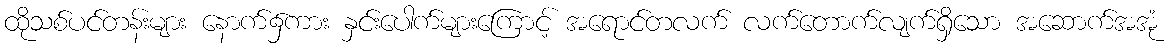
ထိုသစ်ပင်တန်းများ နောက်၌ကား နှင်းပေါက်များကြောင့် အရောင်တလက် လက်တောက်လျက်ရှိသော အဆောက်အအုံ